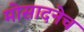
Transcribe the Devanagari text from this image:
मोसादनेच